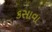
કસાવા